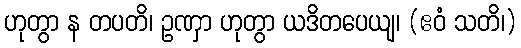
ဟုတွာ န တပတိ၊ ဥဏှာ ဟုတွာ ယဒိတပေယျ၊ (ဧဝံ သတိ၊)